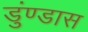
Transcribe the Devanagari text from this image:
डुंण्डास